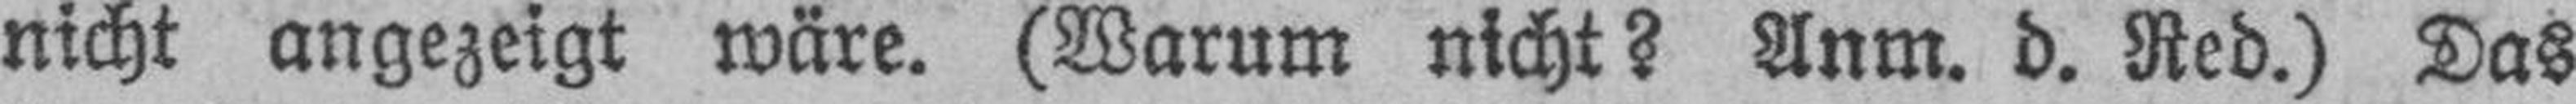
nicht angezeigt wäre. (Warum nicht? Anm. d. Red.) Das